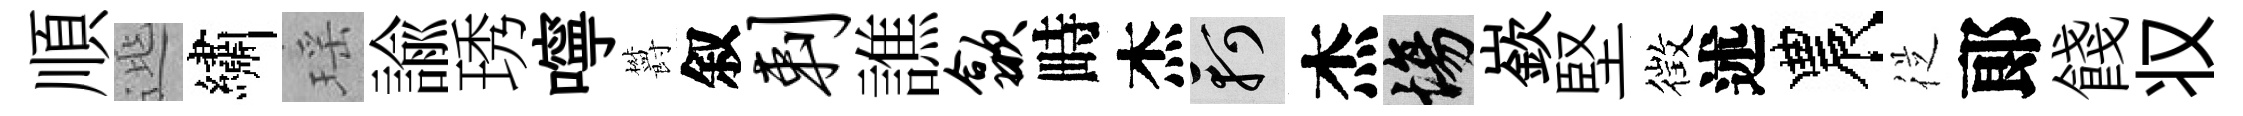
順𨓱繡瑶諭琇嚀欝叙剌譙歙畤杰軻杰場嶔堅徴述農従郞餞𠬧